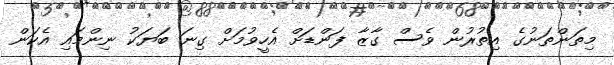
މިތަންތަނުގެ އިތުރުން ވެސް ގާޒާ ފަންޑަށް އެހީވުމަށް ގިނަ ބަޔަކު ނިންމައި އެކަން